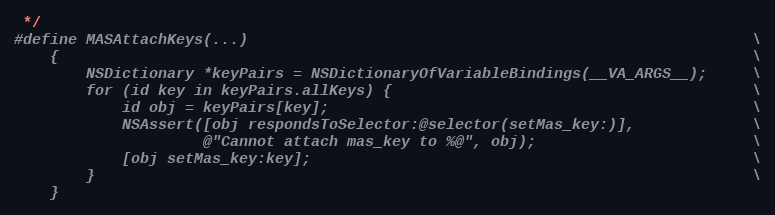
Language: C
 */
#define MASAttachKeys(...)                                                        \
    {                                                                             \
        NSDictionary *keyPairs = NSDictionaryOfVariableBindings(__VA_ARGS__);     \
        for (id key in keyPairs.allKeys) {                                        \
            id obj = keyPairs[key];                                               \
            NSAssert([obj respondsToSelector:@selector(setMas_key:)],             \
                     @"Cannot attach mas_key to %@", obj);                        \
            [obj setMas_key:key];                                                 \
        }                                                                         \
    }